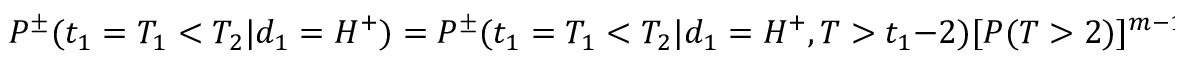
P ^ { \pm } ( t _ { 1 } = T _ { 1 } < T _ { 2 } | d _ { 1 } = H ^ { + } ) = P ^ { \pm } ( t _ { 1 } = T _ { 1 } < T _ { 2 } | d _ { 1 } = H ^ { + } , T > t _ { 1 } - 2 ) [ P ( T > 2 ) ] ^ { m - 1 } .